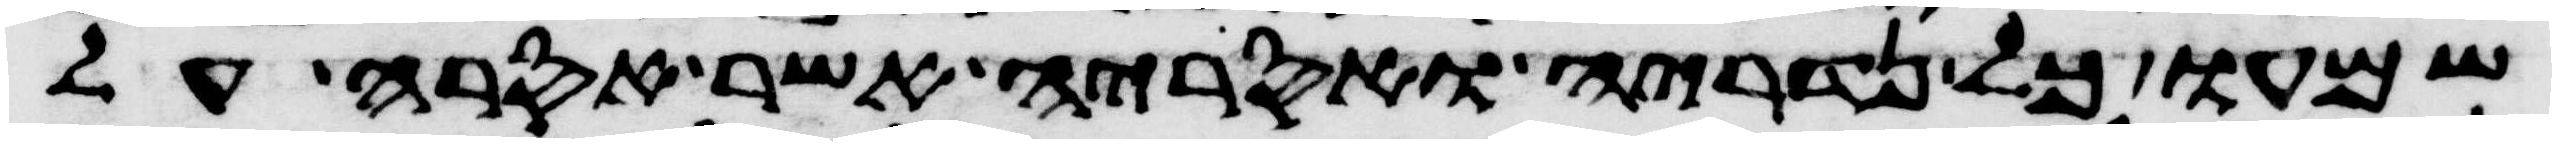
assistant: שמעו כל נדריה ואסריה אשר אסרה על